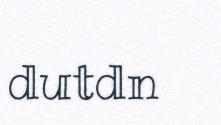
dutdn